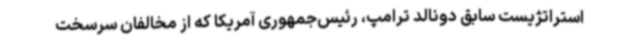
استراتژیست سابق دونالد ترامپ، رئیس‌جمهوری آمریکا که از مخالفان سرسخت